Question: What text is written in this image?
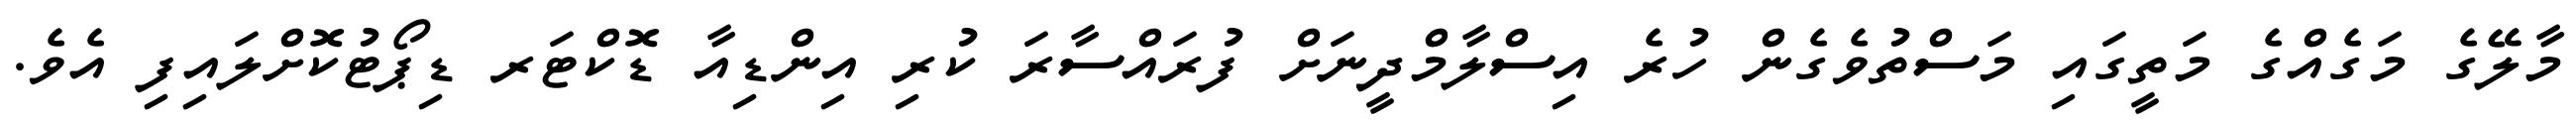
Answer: މާލޭގެ މަގެއްގެ މަތީގައި މަސްތުވެގެން ހުރެ އިސްލާމްދީނަށް ފުރައްސާރަ ކުރި އިންޑިއާ ޑޮކްޓަރ ޑިޕޯޓުކޮށްލައިފި އެވެ.